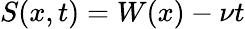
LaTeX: S(x,t)=W(x)-\nu t